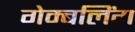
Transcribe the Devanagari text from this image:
गेम्बलिंग